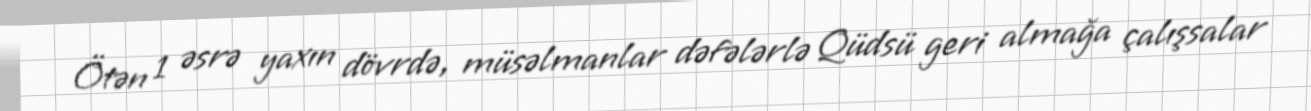
Ötən 1 əsrə yaxın dövrdə, müsəlmanlar dəfələrlə Qüdsü geri almağa çalışsalar